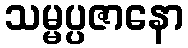
သမ္မပ္ပဇာနော